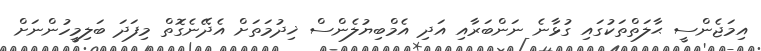
އިމަޖެންސީ ޙާލަތްތަކުގައި ގުޅާނެ ނަންބަރާއި އަދި އެމްބިޔުލެންސް ޚިދުމަތަށް އެދޭނެގޮތް މިފަދަ ބަލިމީހުންނަށް